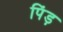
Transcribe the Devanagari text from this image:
पिंड़